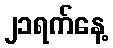
၂၁ရက်နေ့